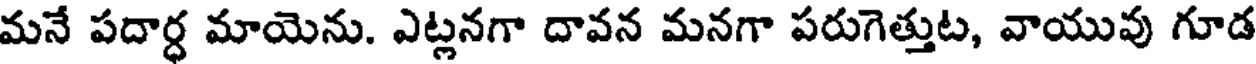
మనే పదార్ధ మాయెను. ఎట్లనగా దావన మనగా పరుగెత్తుట, వాయువు గూడ